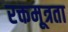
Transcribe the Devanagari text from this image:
रक्तमूत्रता